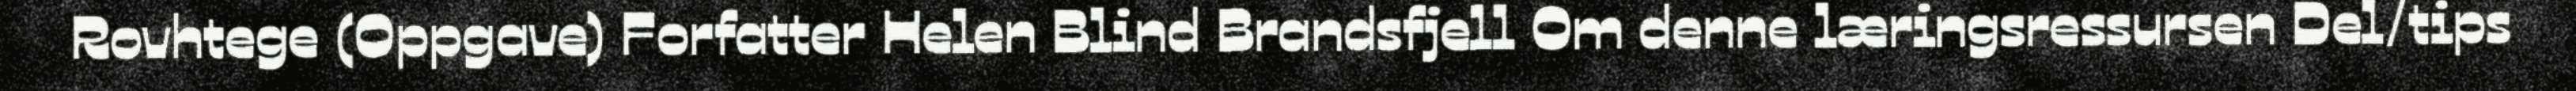
Rovhtege (Oppgave) Forfatter Helen Blind Brandsfjell Om denne læringsressursen Del/tips